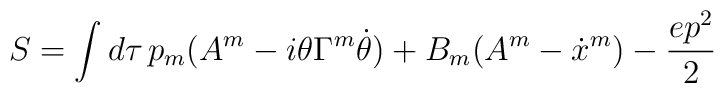
S=\int d\tau\,p_m(A^m-i\theta\Gamma^m\dot\theta)+B_m(A^m-\dot x^m)-\frac{ep^2}{2}